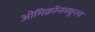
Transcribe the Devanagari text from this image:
ओमिक्रॉनमधूनच